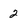
Character: 2